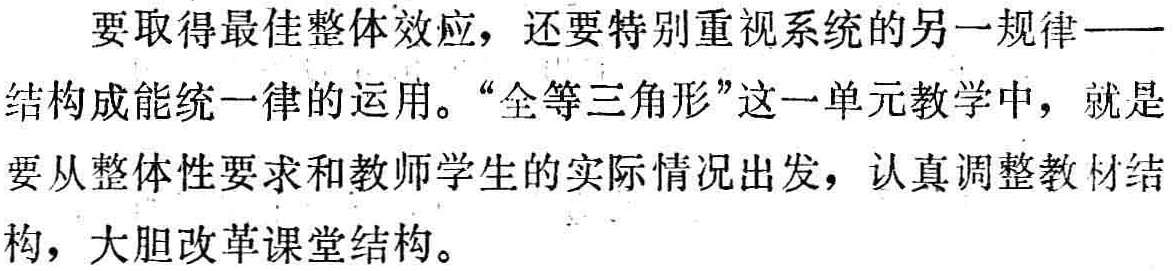
要取得最佳整体效应，还要特别重视系统的另一规律——结构成能统一律的运用。“全等三角形”这一单元教学中，就是要从整体性要求和教师学生的实际情况出发，认真调整教材结构，大胆改革课堂结构。